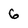
Character: 6